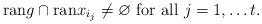
LaTeX: \begin{align*}\mbox{ran} g \cap \mbox{ran} x_{i_j} \neq \varnothing \mbox{ for all } j = 1, \ldots t.\end{align*}